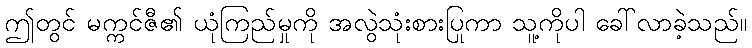
ဤတွင် မက္ကင်ဇီ၏ ယုံကြည်မှုကို အလွဲသုံးစားပြုကာ သူ့ကိုပါ ခေါ်လာခဲ့သည်။